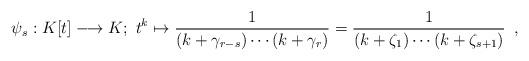
LaTeX: \begin{align*} \psi_s: K[t]\longrightarrow K; \ t^k\mapsto \dfrac{1}{(k+\gamma_{r-s})\cdots(k+\gamma_r)}=\dfrac{1}{(k+\zeta_1)\cdots(k+\zeta_{s+1})}\enspace,\end{align*}